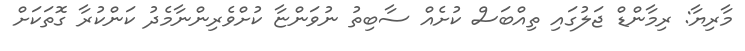
މާރިޔާ: ރިމާންޑް ޖަލުގައި ތިއްބަސް ކުށެއް ސާބިތު ނުވަންޏާ ކުށްވެރިންނާމެދު ކަންކުރާ ގޮތަކަށް